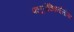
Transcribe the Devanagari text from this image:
फ्लूरोक्विनोलोन्स